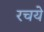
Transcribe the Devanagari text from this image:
रचये